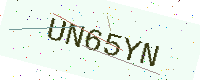
Text: UN65YN